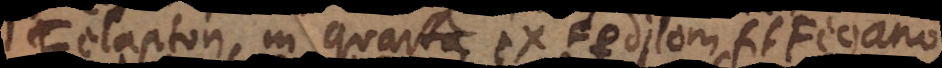
Felapton, in quarta ex Fedilom fit Fegano.